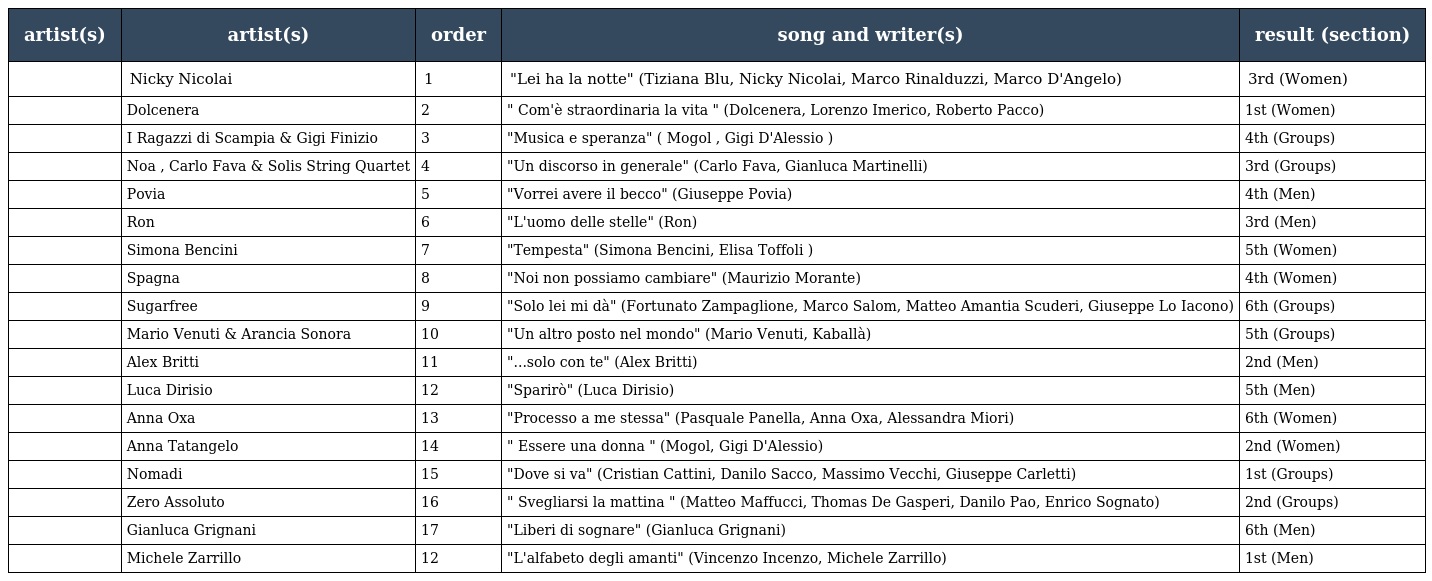
| artist(s) | artist(s) | order | song and writer(s) | result (section) |
 | --- | --- | --- | --- | --- |
 |  | Nicky Nicolai | 1 | "Lei ha la notte" (Tiziana Blu, Nicky Nicolai, Marco Rinalduzzi, Marco D'Angelo) | 3rd (Women) |
 |  | Dolcenera | 2 | " Com'è straordinaria la vita " (Dolcenera, Lorenzo Imerico, Roberto Pacco) | 1st (Women) |
 |  | I Ragazzi di Scampia & Gigi Finizio | 3 | "Musica e speranza" ( Mogol , Gigi D'Alessio ) | 4th (Groups) |
 |  | Noa , Carlo Fava & Solis String Quartet | 4 | "Un discorso in generale" (Carlo Fava, Gianluca Martinelli) | 3rd (Groups) |
 |  | Povia | 5 | "Vorrei avere il becco" (Giuseppe Povia) | 4th (Men) |
 |  | Ron | 6 | "L'uomo delle stelle" (Ron) | 3rd (Men) |
 |  | Simona Bencini | 7 | "Tempesta" (Simona Bencini, Elisa Toffoli ) | 5th (Women) |
 |  | Spagna | 8 | "Noi non possiamo cambiare" (Maurizio Morante) | 4th (Women) |
 |  | Sugarfree | 9 | "Solo lei mi dà" (Fortunato Zampaglione, Marco Salom, Matteo Amantia Scuderi, Giuseppe Lo Iacono) | 6th (Groups) |
 |  | Mario Venuti & Arancia Sonora | 10 | "Un altro posto nel mondo" (Mario Venuti, Kaballà) | 5th (Groups) |
 |  | Alex Britti | 11 | "...solo con te" (Alex Britti) | 2nd (Men) |
 |  | Luca Dirisio | 12 | "Sparirò" (Luca Dirisio) | 5th (Men) |
 |  | Anna Oxa | 13 | "Processo a me stessa" (Pasquale Panella, Anna Oxa, Alessandra Miori) | 6th (Women) |
 |  | Anna Tatangelo | 14 | " Essere una donna " (Mogol, Gigi D'Alessio) | 2nd (Women) |
 |  | Nomadi | 15 | "Dove si va" (Cristian Cattini, Danilo Sacco, Massimo Vecchi, Giuseppe Carletti) | 1st (Groups) |
 |  | Zero Assoluto | 16 | " Svegliarsi la mattina " (Matteo Maffucci, Thomas De Gasperi, Danilo Pao, Enrico Sognato) | 2nd (Groups) |
 |  | Gianluca Grignani | 17 | "Liberi di sognare" (Gianluca Grignani) | 6th (Men) |
 |  | Michele Zarrillo | 12 | "L'alfabeto degli amanti" (Vincenzo Incenzo, Michele Zarrillo) | 1st (Men) |